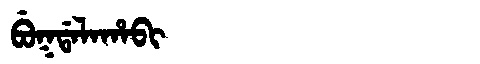
Manchu: ᠪᡠᡴᡩᠠᠯᠠᡥᠠᠪᡳ
Romanization: BUKDALAHABI